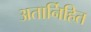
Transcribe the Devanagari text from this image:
अतार्निहित